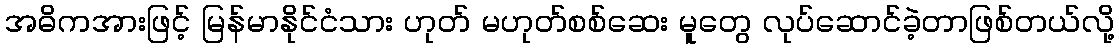
အဓိကအားဖြင့် မြန်မာနိုင်ငံသား ဟုတ် မဟုတ်စစ်ဆေး မူတွေ လုပ်ဆောင်ခဲ့တာဖြစ်တယ်လို့